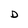
Character: D